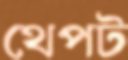
থেপট